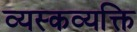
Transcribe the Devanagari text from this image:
व्यस्कव्यक्ति